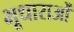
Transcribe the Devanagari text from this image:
भूधाराओं